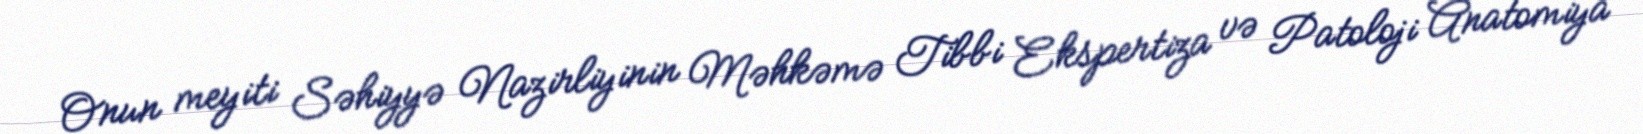
Onun meyiti Səhiyyə Nazirliyinin Məhkəmə Tibbi Ekspertiza və Patoloji Anatomiya